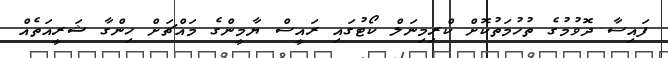
ފައިސާ ދޮވުމުގެ ތުހުމަތުކޮށް ކްރިމިނަލް ކޯޓުގައި ރައީސް ޔާމީންގެ މައްޗަށް ހިންގާ ޝަރީއަތެއް